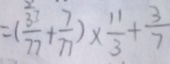
= ( \frac { 3 1 } { 7 7 } + \frac { 7 } { 7 } ) \times \frac { 1 1 } { 3 } + \frac { 3 } { 7 }